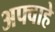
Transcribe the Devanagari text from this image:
अफ्वाहे